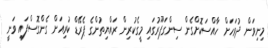
މިނިވަން ދުވަހަށް ހާއްސަކޮށްގެން ސިންގަޕޫރުގައި މީގެކުރިން ރައްޔިތުންގެ ޕެރޭޑް ކުރިއަށް ގެންގޮސްފައި ވަނީ